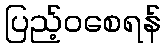
ပြည့်ဝစေရန်